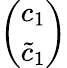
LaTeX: \left(\begin{array}{c}{{c_{1}}}\\ {{\tilde{c}_{1}}}\end{array}\right)